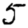
Digit: 5